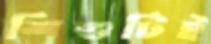
শিশুটিই